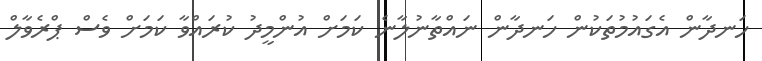
ހަނދާން އެގައުމުތަކުން ހަނދާން ނައްތާނުލާނެ ކަމަށް އުންމީދު ކުރައްވާ ކަމަށް ވެސް ޕްރެވާލް